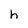
Character: h